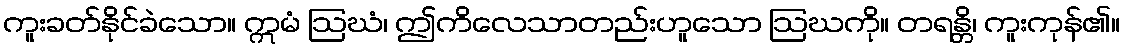
ကူးခတ်နိုင်ခဲသော။ ဣမံ ဩဃံ၊ ဤကိလေသာတည်းဟူသော ဩဃကို။ တရန္တိ၊ ကူးကုန်၏။